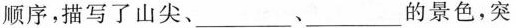
顺序，描写了山尖、___、___的景色，突